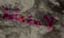
لاستعادة